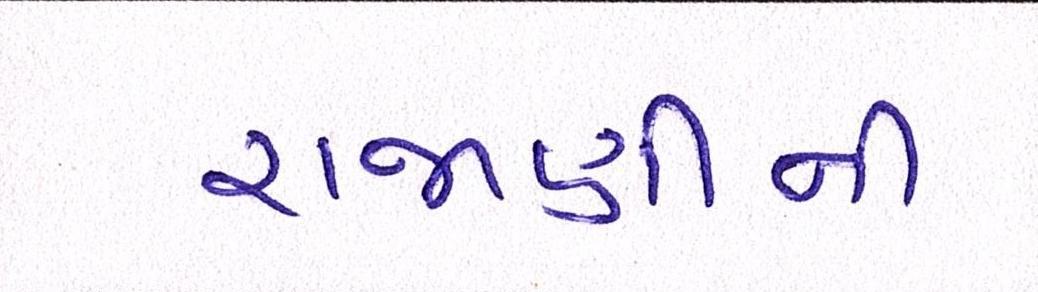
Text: રાજાણીની